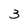
Character: 3